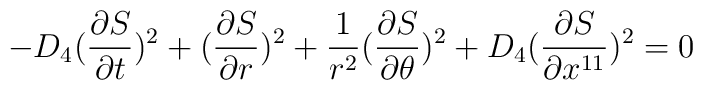
-D_4 ({\partial S\over\partial t})^2+({\partial S\over\partial r})^2+{1\over r^2}({\partial S\over\partial\theta})^2 +D_4 ({\partial S\over\partial x^{11}})^2 = 0~